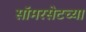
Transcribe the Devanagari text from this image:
सॉमरसेटच्या